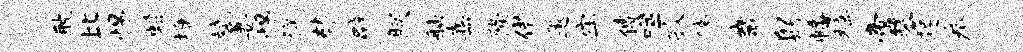
耽比惕蟠墉斌萋惕徉替辟朕舳嘉隆借邀牢傅噬孜停畿躬幡槁啻琴起拳